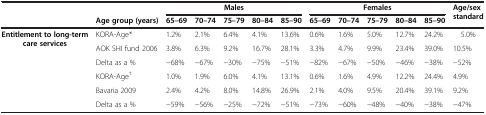
<table><thead><tr><td><b> </b></td><td><b> </b></td><td colspan="5"><b>Males</b></td><td colspan="5"><b>Females</b></td><td rowspan="2"><b>Age/sex standard</b></td></tr><tr><td><b> </b></td><td><b>Age group (years)</b></td><td><b>65–69</b></td><td><b>70–74</b></td><td><b>75–79</b></td><td><b>80–84</b></td><td><b>85–90</b></td><td><b>65–69</b></td><td><b>70–74</b></td><td><b>75–79</b></td><td><b>80–84</b></td><td><b>85–90</b></td></tr></thead><tbody><tr><td><b>Entitlement to long-term care services</b></td><td>KORA-Age*</td><td>1.2%</td><td>2.1%</td><td>6.4%</td><td>4.1%</td><td>13.6%</td><td>0.6%</td><td>1.6%</td><td>5.0%</td><td>12.7%</td><td>24.2%</td><td>5.0%</td></tr><tr><td> </td><td>AOK SHI fund 2006</td><td>3.8%</td><td>6.3%</td><td>9.2%</td><td>16.7%</td><td>28.1%</td><td>3.3%</td><td>4.7%</td><td>9.9%</td><td>23.4%</td><td>39.0%</td><td>10.5%</td></tr><tr><td> </td><td>Delta as a %</td><td>−68%</td><td>−67%</td><td>−30%</td><td>−75%</td><td>−51%</td><td>−82%</td><td>−67%</td><td>−50%</td><td>−46%</td><td>−38%</td><td>−52%</td></tr><tr><td> </td><td>KORA-Age<sup>†</sup></td><td>1.0%</td><td>1.9%</td><td>6.0%</td><td>4.1%</td><td>13.1%</td><td>0.6%</td><td>1.6%</td><td>4.9%</td><td>12.2%</td><td>24.4%</td><td>4.9%</td></tr><tr><td> </td><td>Bavaria 2009</td><td>2.4%</td><td>4.2%</td><td>8.0%</td><td>14.8%</td><td>26.9%</td><td>2.1%</td><td>4.0%</td><td>9.5%</td><td>20.4%</td><td>39.1%</td><td>9.2%</td></tr><tr><td> </td><td>Delta as a %</td><td>−59%</td><td>−56%</td><td>−25%</td><td>−72%</td><td>−51%</td><td>−73%</td><td>−60%</td><td>−48%</td><td>−40%</td><td>−38%</td><td>−47%</td></tr></tbody></table>